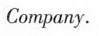
Company.